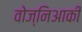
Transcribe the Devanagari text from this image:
वोज्निआकी